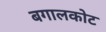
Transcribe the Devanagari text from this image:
बगालकोट